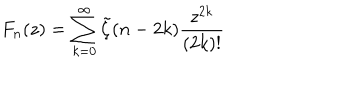
F _ { n } ( z ) = \sum _ { k = 0 } ^ { \infty } \tilde { \zeta } ( n - 2 k ) \frac { z ^ { 2 k } } { ( 2 k ) ! }